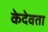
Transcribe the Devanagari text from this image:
केदेवता